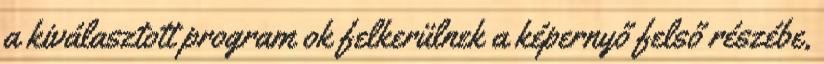
a kiválasztott program ok felkerülnek a képernyő felső részébe,